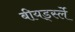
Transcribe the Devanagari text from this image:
बीयर्ड्स्ले